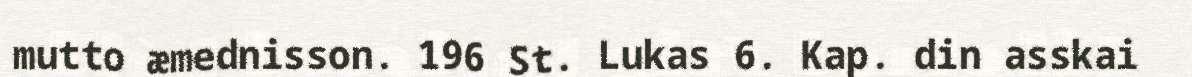
mutto æmednisson. 196 St. Lukas 6. Kap. din asskai